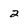
Character: 2